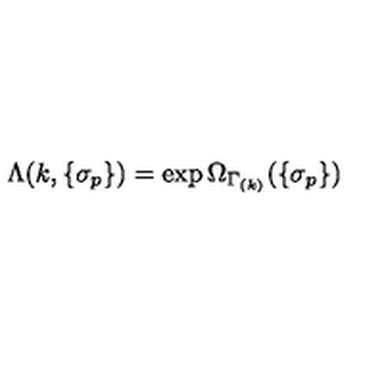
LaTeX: \Lambda ( k , \{ \sigma _ { p } \} ) = \exp \Omega _ { \Gamma _ { ( k ) } } ( \{ \sigma _ { p } \} )